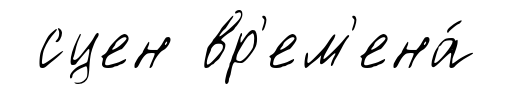
сцен вр'ем'ена́